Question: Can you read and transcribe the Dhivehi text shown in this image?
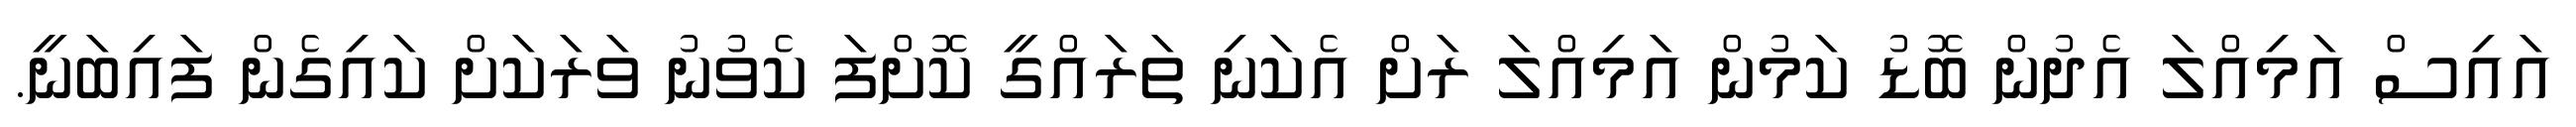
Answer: އައިސް އަމިއްލަ އެދުން ބޮޑު ކަމުން އަމިއްލަ ރަށް އެކަނި ތަރައްގީ ކޮށްފަ ކެވުނު ވަރަކަށް ކައިގެން ފައިބަނީ.